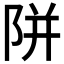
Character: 𨹗